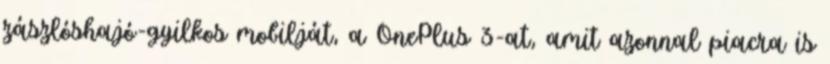
zászlóshajó-gyilkos mobilját, a OnePlus 3-at, amit azonnal piacra is